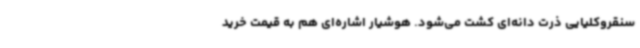
سنقروکلیایی ذرت دانه‌ای کشت می‌شود. هوشیار اشاره‌ای هم به قیمت خرید